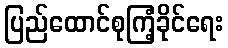
ပြည်ထောင်စုကြံ့ခိုင်ရေး